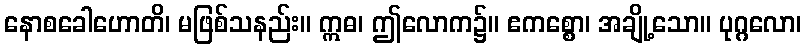
နောစခေါဟောတိ၊ မဖြစ်သနည်း။ ဣဓ၊ ဤလောက၌။ ဧကစ္စော၊ အချို့သော။ ပုဂ္ဂလော၊